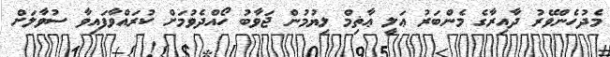
މެދުހެންވޭރު ދާއިރާގެ މެންބަރު ޢަލީ ޢާޡިމް ލިޔުމުން ޖަވާބު ހޯއްދެވުމަށް ކުރައްވާފައިވާ ސުވާލަށް